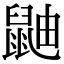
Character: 鼬